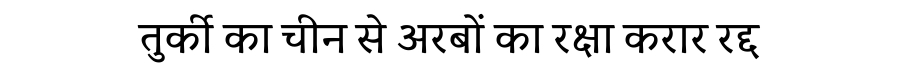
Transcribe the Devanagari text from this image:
तुर्की का चीन से अरबों का रक्षा करार रद्द